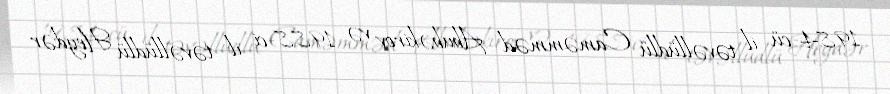
1984-cü il təvəllüdlü Caməmməd Abubəkirov və 1988-ci il təvəllüdlü Heydər